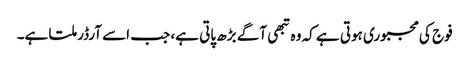
فوج کی مجبوری ہوتی ہے کہ وہ تبھی آگے بڑھ پاتی ہے، جب اسے آرڈر ملتا ہے۔